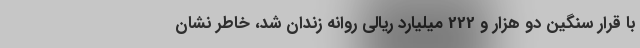
با قرار سنگین دو هزار و 222 میلیارد ریالی روانه زندان شد، خاطر نشان